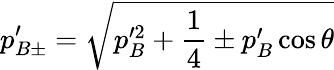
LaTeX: p_{B\pm}^{\prime}=\sqrt{p_{B}^{\prime 2}+\frac 14\pm p_{B}^{\prime}\cos\theta}